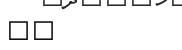
٣٠